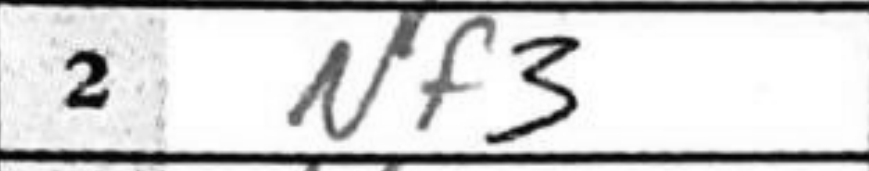
Transcription: Nf3